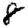
Digit: 8